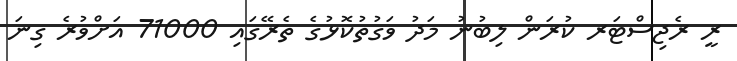
ރީ ރެޖިސްޓަރ ކުރަން ލިބުނު މަދު ވަގުތުކޮޅުގެ ތެރޭގައި 71000 އަށްވުރެ ގިނަ